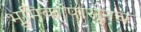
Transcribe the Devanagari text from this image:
भूमिकांपासूनच